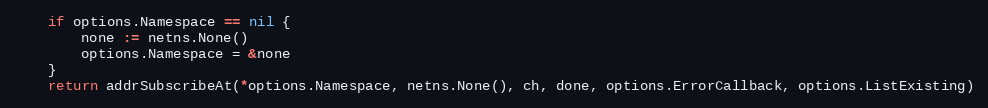
Language: Go
	if options.Namespace == nil {
		none := netns.None()
		options.Namespace = &none
	}
	return addrSubscribeAt(*options.Namespace, netns.None(), ch, done, options.ErrorCallback, options.ListExisting)